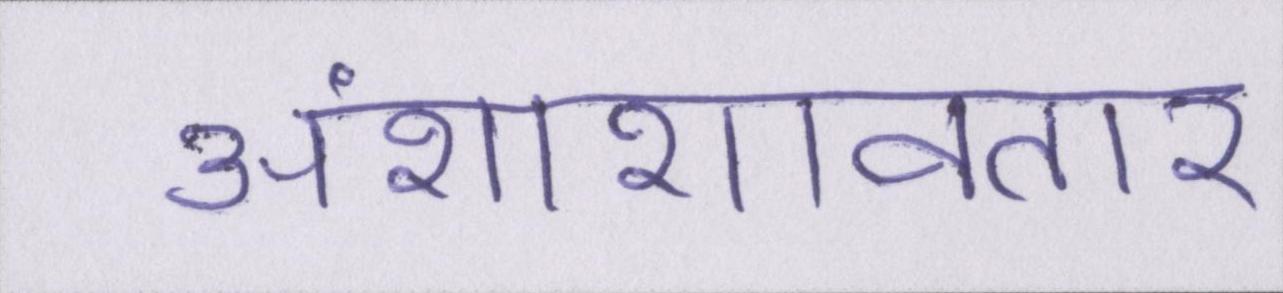
अंशांशावतार